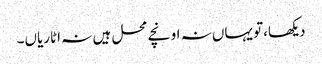
دیکھا،تو یہاں نہ اونچے محل ہیں نہ اٹاریاں۔